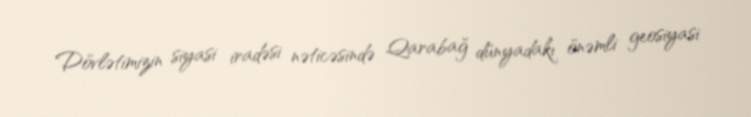
Dövlətimizin siyasi iradəsi nəticəsində Qarabağ dünyadakı önəmli geosiyasi